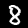
Digit: 8